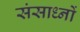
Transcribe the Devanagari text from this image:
संसाध्नों